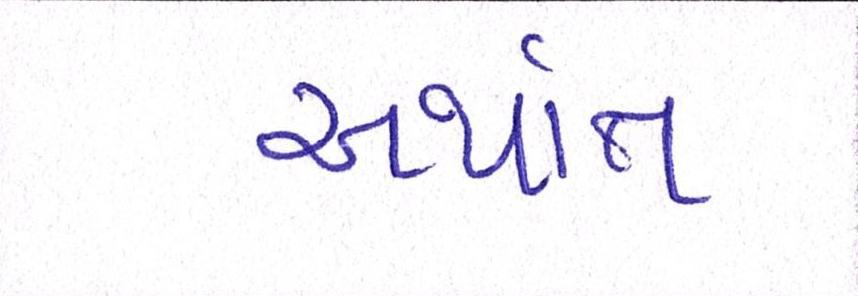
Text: અર્થાત્